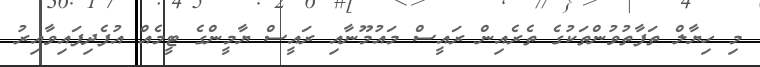
މި ހިޔާލް ތަފާތުވުންތަކުގެ ތެރެއިން ރައީސް މައުމޫނާއި ރައީސް ޔާމީންގެ ޓީމެއް އުފެދިފައިވާއިރު